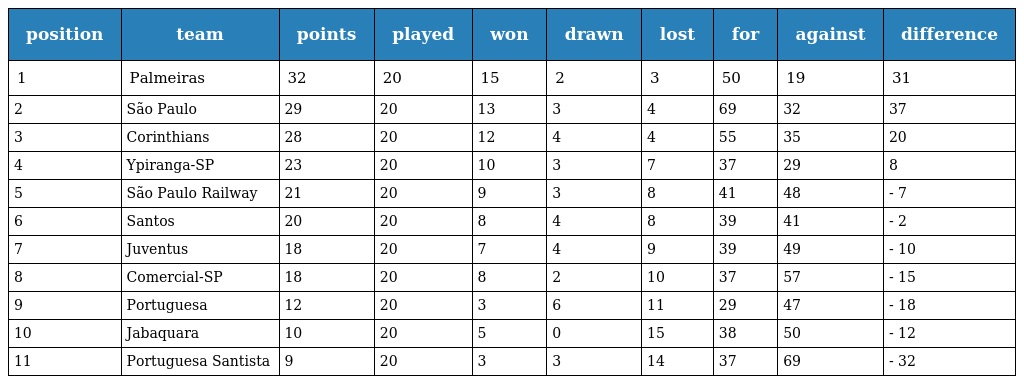
| position | team | points | played | won | drawn | lost | for | against | difference |
 | --- | --- | --- | --- | --- | --- | --- | --- | --- | --- |
 | 1 | Palmeiras | 32 | 20 | 15 | 2 | 3 | 50 | 19 | 31 |
 | 2 | São Paulo | 29 | 20 | 13 | 3 | 4 | 69 | 32 | 37 |
 | 3 | Corinthians | 28 | 20 | 12 | 4 | 4 | 55 | 35 | 20 |
 | 4 | Ypiranga-SP | 23 | 20 | 10 | 3 | 7 | 37 | 29 | 8 |
 | 5 | São Paulo Railway | 21 | 20 | 9 | 3 | 8 | 41 | 48 | - 7 |
 | 6 | Santos | 20 | 20 | 8 | 4 | 8 | 39 | 41 | - 2 |
 | 7 | Juventus | 18 | 20 | 7 | 4 | 9 | 39 | 49 | - 10 |
 | 8 | Comercial-SP | 18 | 20 | 8 | 2 | 10 | 37 | 57 | - 15 |
 | 9 | Portuguesa | 12 | 20 | 3 | 6 | 11 | 29 | 47 | - 18 |
 | 10 | Jabaquara | 10 | 20 | 5 | 0 | 15 | 38 | 50 | - 12 |
 | 11 | Portuguesa Santista | 9 | 20 | 3 | 3 | 14 | 37 | 69 | - 32 |